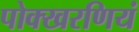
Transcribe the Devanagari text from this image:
पोक्खरणियं